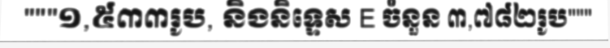
"""១,៥៣៣រូប, និងនិទ្ទេស E ចំនួន ៣,៧៨២រូប"""